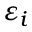
\varepsilon _ { i }